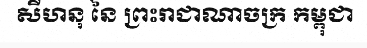
សីហនុ នៃ ព្រះរាជាណាចក្រ កម្ពុជា